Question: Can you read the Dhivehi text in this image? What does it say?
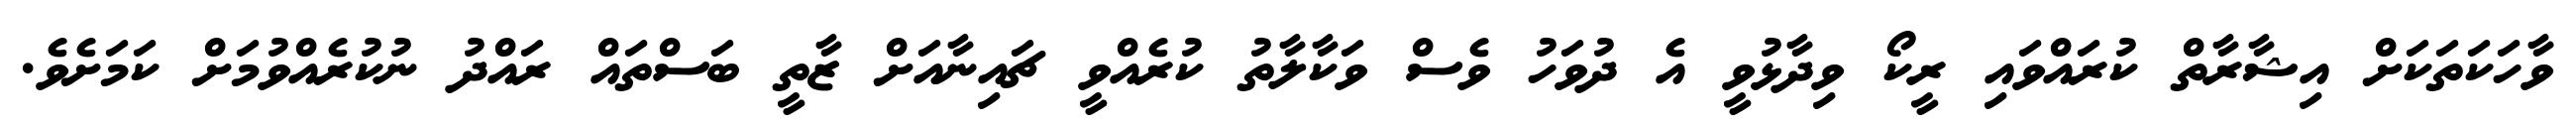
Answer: ވާހަކަތަކަށް އިޝާރާތް ކުރައްވައި ރީކޯ ވިދާޅުވީ އެ ދުވަހު ވެސް ވަކާލާތު ކުރެއްވީ ޗައިނާއަށް ޒާތީ ބަސްތައް ރައްދު ނުކުރެއްވުމަށް ކަމަށެވެ.